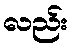
လည်း